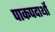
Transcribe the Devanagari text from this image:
पाकपदार्थो